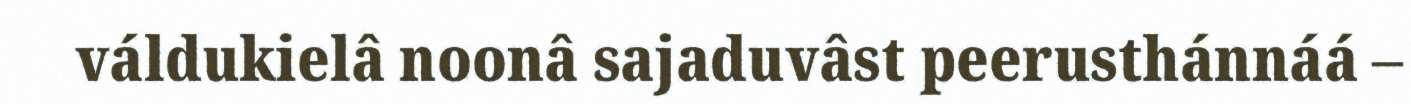
váldukielâ noonâ sajaduvâst peerusthánnáá –